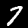
Label: 7